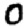
Digit: 0